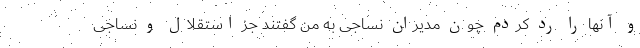
و آنها را رد کردم چون مدیران نساجی به من گفتند جز استقلال و نساجی